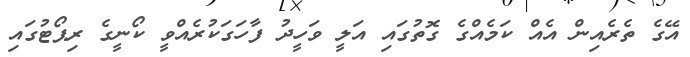
އޭގެ ތެރެއިން އެއް ކަމެއްގެ ގޮތުގައި އަލީ ވަހީދު ފާހަގަކުރެއްވީ ކޯނީގެ ރިޕޯޓުގައި